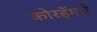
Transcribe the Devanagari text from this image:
कोरहॅमचे